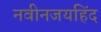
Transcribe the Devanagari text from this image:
नवीनजयहिंद